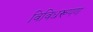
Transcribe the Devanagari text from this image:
विविधरूपण